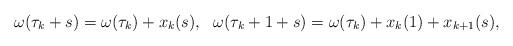
LaTeX: \begin{align*}\omega(\tau_k+s)=\omega(\tau_k)+x_k(s),~~\omega(\tau_k+1+s)=\omega(\tau_k)+x_k(1)+x_{k+1}(s),\end{align*}